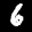
Label: 6